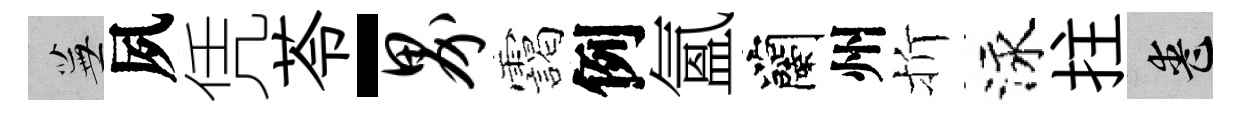
蕪夙凭苓-界靄例氳蘭州折泳拄喪